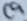
Text: C9